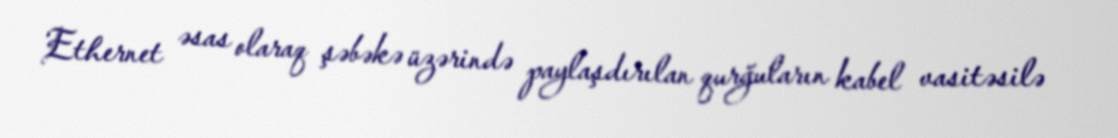
Ethernet əsas olaraq şəbəkə üzərində paylaşdırılan qurğuların kabel vasitəsilə